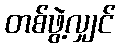
တစ်ဖွဲ့လျှင်